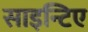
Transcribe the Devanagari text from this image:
साइन्टिए